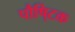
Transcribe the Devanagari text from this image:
पौषि्टक